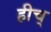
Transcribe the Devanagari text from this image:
हीच्